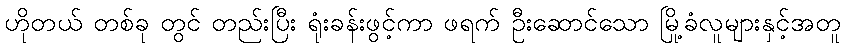
ဟိုတယ် တစ်ခု တွင် တည်းပြီး ရုံးခန်းဖွင့်ကာ ဖရက် ဦးဆောင်သော မြို့ခံလူများနှင့်အတူ